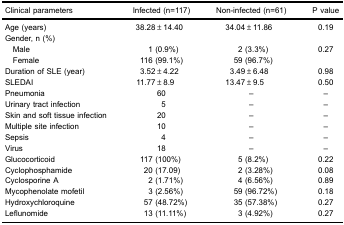
<table><thead><tr><td><b>Clinical parameters</b></td><td><b>Infected (n=117)</b></td><td><b>Non-infected (n=61)</b></td><td><b>P value</b></td></tr></thead><tbody><tr><td>Age (years)</td><td>38.28±14.40</td><td>34.04±11.86</td><td>0.19</td></tr><tr><td colspan="4">Gender, n (%)</td></tr><tr><td>Male</td><td>1 (0.9%)</td><td>2 (3.3%)</td><td>0.27</td></tr><tr><td>Female</td><td>116 (99.1%)</td><td>59 (96.7%)</td><td></td></tr><tr><td>Duration of SLE (year)</td><td>3.52±4.22</td><td>3.49±6.48</td><td>0.98</td></tr><tr><td>SLEDAI</td><td>11.77±8.9</td><td>13.47±9.5</td><td>0.50</td></tr><tr><td>Pneumonia</td><td>60</td><td>–</td><td>–</td></tr><tr><td>Urinary tract infection</td><td>5</td><td>–</td><td>–</td></tr><tr><td>Skin and soft tissue infection</td><td>20</td><td>–</td><td>–</td></tr><tr><td>Multiple site infection</td><td>10</td><td>–</td><td>–</td></tr><tr><td>Sepsis</td><td>4</td><td>–</td><td>–</td></tr><tr><td>Virus</td><td>18</td><td>–</td><td>–</td></tr><tr><td>Glucocorticoid</td><td>117 (100%)</td><td>5 (8.2%)</td><td>0.22</td></tr><tr><td>Cyclophosphamide</td><td>20 (17.09)</td><td>2 (3.28%)</td><td>0.08</td></tr><tr><td>Cyclosporine A</td><td>2 (1.71%)</td><td>4 (6.56%)</td><td>0.89</td></tr><tr><td>Mycophenolate mofetil</td><td>3 (2.56%)</td><td>59 (96.72%)</td><td>0.18</td></tr><tr><td>Hydroxychloroquine</td><td>57 (48.72%)</td><td>35 (57.38%)</td><td>0.27</td></tr><tr><td>Leflunomide</td><td>13 (11.11%)</td><td>3 (4.92%)</td><td>0.27</td></tr></tbody></table>